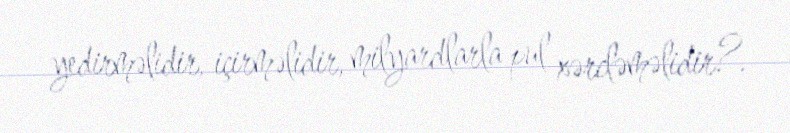
yedirməlidir, içirməlidir, milyardlarla pul xərcləməlidir?.